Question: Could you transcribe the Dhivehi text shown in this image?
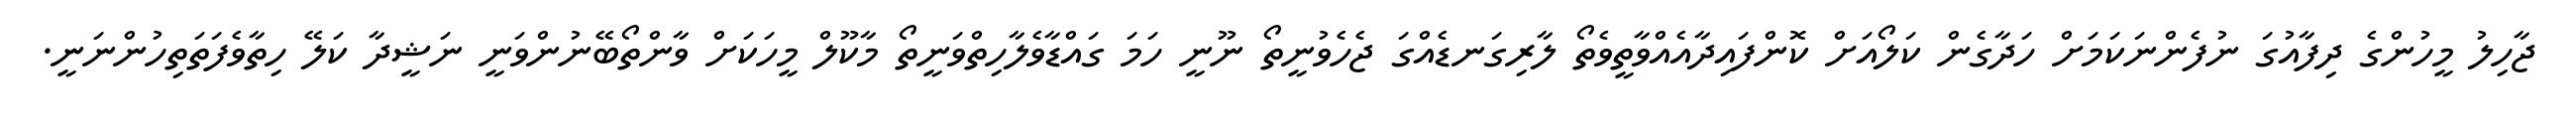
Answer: ޖާހިލު މީހުންގެ ދިފާއުގަ ނުފެންނަކަމަށް ހަދާގެން ކަލޯއަށް ކޮންފައިދާއެއްވާތީވެތޯ ލާރިގަނޑެއްގަ ޖެހެވުނީތޯ ނޫނީ ހަމަ ގައްޑާވެލާހިތްވަނީތޯ މާކޫލް މީހަކަށް ވާންތޯބޭނުންވަނީ ނަޝީދާ ކަލޭ ހިތާވެފަތަތިހުންނަނީ.